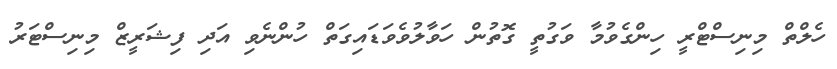
ހެލްތް މިނިސްޓްރީ ހިންގެވުމާ ވަގުތީ ގޮތުން ހަވާލުވެވަޑައިގަތް ހުންނެވި އަދި ފިޝަރީޒް މިނިސްޓަރު